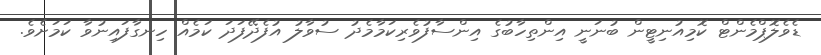
ޑެވެލޮޕްމެންޓް ކޮމިއުނިޓީން ބުނަނީ އިންތިހާބުގެ އިންސާފުވެރިކަމާމެދު ސުވާލު އުފެދޭފަދަ ކަމެއް ހިނގާފައިނުވާ ކަމަށެވެ.